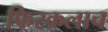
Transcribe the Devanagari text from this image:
फिरकलाच